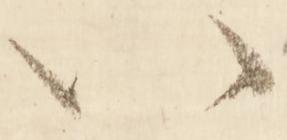
以